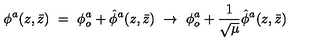
\phi ^ { a } ( z , \bar { z } ) \ = \ \phi _ { o } ^ { a } + { \hat { \phi } } ^ { a } ( z , \bar { z } ) \ \rightarrow \ \phi _ { o } ^ { a } + \frac { 1 } { \sqrt { \mu } } { \hat { \phi } } ^ { a } ( z , \bar { z } )